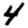
Digit: 4